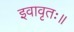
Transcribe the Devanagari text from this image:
इवावृतः॥